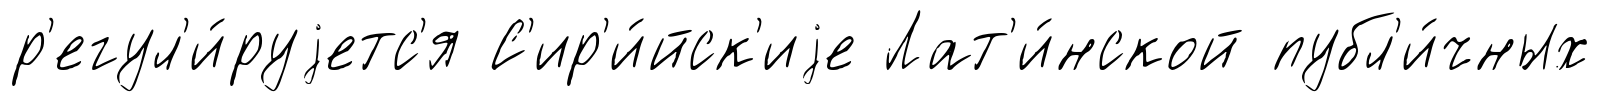
р'егул'и́руjетс'я С'ир'и́йск'иjе Лат'и́нской публ'и́чных